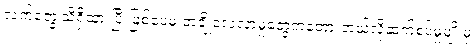
လက်တွေ့သိရှိထားပြီးဖြစ်ပေမဲ့ တချို့လေ့လာမှုတွေကတော့ ဘယ်လိုဆက်စပ်မှုမျိုးမှ